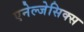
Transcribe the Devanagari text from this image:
एनेल्जेसिक्स